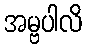
အမ္ဗပါလိ